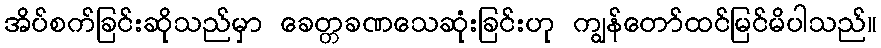
အိပ်စက်ခြင်းဆိုသည်မှာ ခေတ္တခဏသေဆုံးခြင်းဟု ကျွန်တော်ထင်မြင်မိပါသည်။